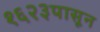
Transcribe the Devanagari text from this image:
१६२३पासून